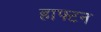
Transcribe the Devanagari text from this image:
हाफ्टन